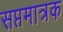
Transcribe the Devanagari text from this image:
सप्तमात्रक